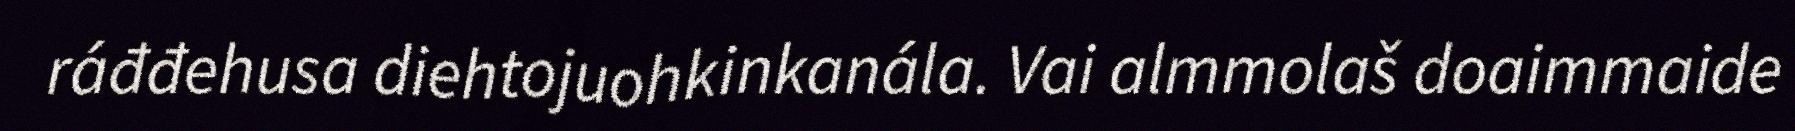
ráđđehusa diehtojuohkinkanála. Vai almmolaš doaimmaide